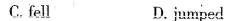
C. fell D. jumped